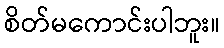
စိတ်မကောင်းပါဘူး။